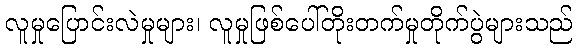
လူမှုပြောင်းလဲမှုများ၊ လူမှုဖြစ်ပေါ်တိုးတက်မှုတိုက်ပွဲများသည်